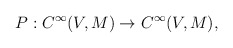
\begin{align*}P: C^{\infty}(V,M) \rightarrow C^{\infty}(V,M),\end{align*}